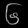
Digit: ၆